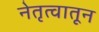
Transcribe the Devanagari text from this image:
नेतृत्वातून